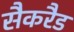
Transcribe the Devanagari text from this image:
सैकरैड